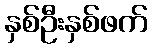
နှစ်ဦးနှစ်ဖက်